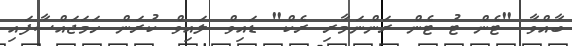
ބާއްވާ "ޓެން ޓު ޓެން ރަންނަމާރި ރެކް" ޑައިވް ލައިވް ކުރަން ހަމަޖައްސާފައި